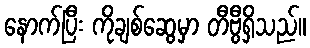
နောက်ပြီး ကိုချစ်ဆွေမှာ တီဗွီရှိသည်။